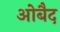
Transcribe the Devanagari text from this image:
ओबैद